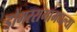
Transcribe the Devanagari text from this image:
डोंगररांगांमधल्या